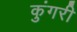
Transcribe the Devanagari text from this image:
कुंगरी